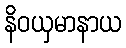
နိဝယှမာနာယ